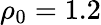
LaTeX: \rho_{0}=1.2